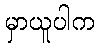
မှာယူပါက